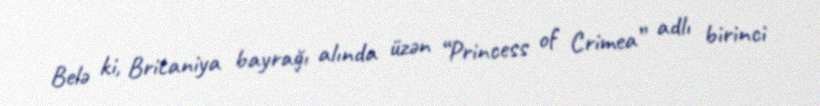
Belə ki, Britaniya bayrağı alında üzən “Princess of Crimea” adlı birinci